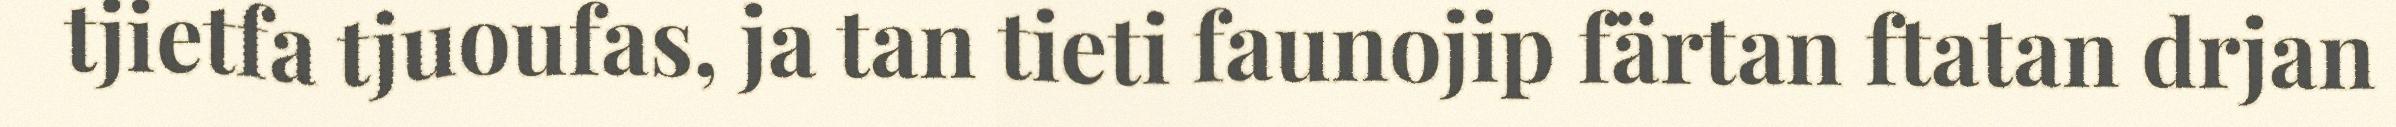
tjietfa tjuoufas, ja tan tieti faunojip färtan ftatan drjan